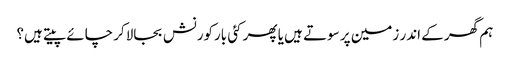
ہم گھر کے اندر زمین پر سوتے ہیں یا پھر کئی بارکورنش بجالاکر چائے پیتے ہیں؟